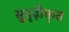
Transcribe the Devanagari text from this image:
सुदृढ़ीकृत